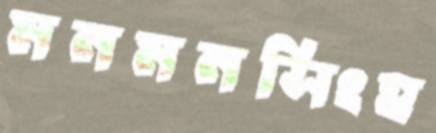
মনমনসিংহ